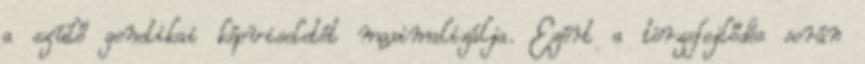
a szülő genetikai képviseletét maximalizálja. Ezért a törzsfejlődés során